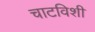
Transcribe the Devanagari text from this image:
चाटविशी